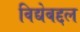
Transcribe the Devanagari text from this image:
विद्येबद्दल